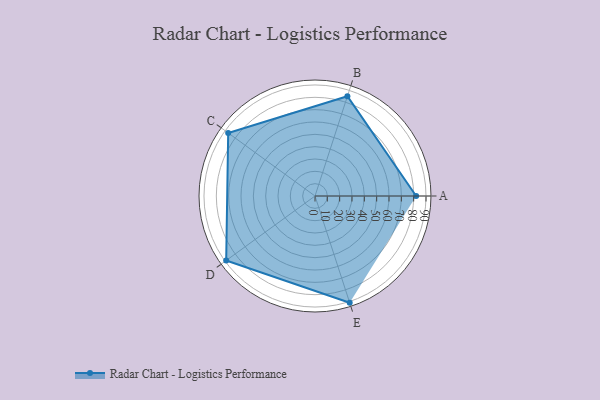
{"axis": {"x": "Skill", "y": "Score"}, "legend": ["Profile"], "data": [{"x": "A", "y": 82.0, "type": "Profile"}, {"x": "B", "y": 85.0, "type": "Profile"}, {"x": "C", "y": 87.0, "type": "Profile"}, {"x": "D", "y": 89.0, "type": "Profile"}, {"x": "E", "y": 91.0, "type": "Profile"}]}